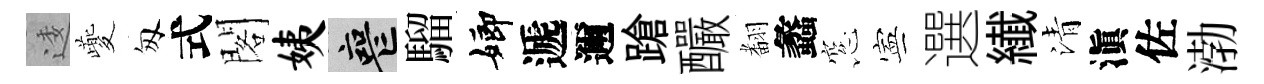
逶夔匆式閣姨喪騮嫏遞邇蹌釅𮋒蠡窓寕選纎清滇佐渤